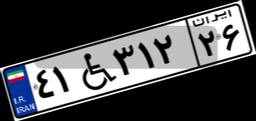
۸۰W۶۳۲۱۳